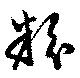
粉